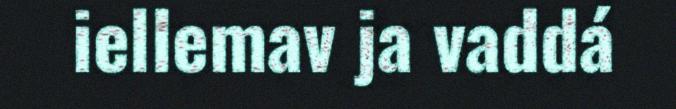
iellemav ja vaddá